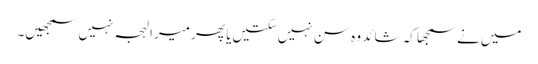
میں‌نے سمجھا کہ شائد وہ سن نہیں‌سکتیں‌یا پھر میرا لہجہ نہیں‌سمجھیں۔